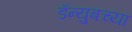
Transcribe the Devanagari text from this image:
डॅन्युबच्या